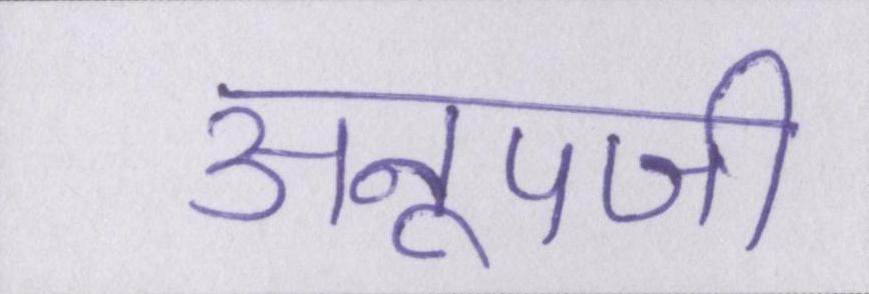
अनूपजी